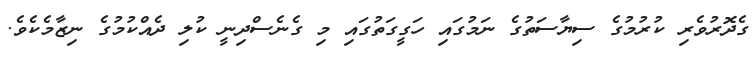
ގެދޮރުވެރި ކުރުމުގެ ސިޔާސަތުގެ ނަމުގައި ހަގީގަތުގައި މި ގެނެސްދިނީ ކުލި ދެއްކުމުގެ ނިޒާމެކެވެ.